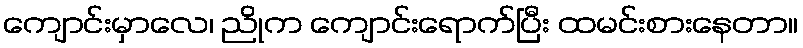
ကျောင်းမှာလေ၊ ညိုက ကျောင်းရောက်ပြီး ထမင်းစားနေတာ။